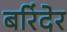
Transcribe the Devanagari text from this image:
बरिंदेर